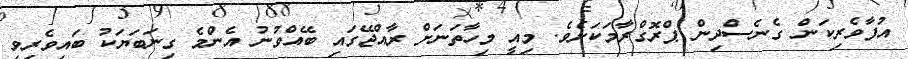
އުފާވެރިކަން ގެނެސްދިން ޕްރޮގްރާމަކަށެވެ. މިއީ މިހާތަނަށް ރާއްޖޭގައި ބޭއްވުނު އެންމެ ގިނަބަޔަކު ބައިވެރިވި